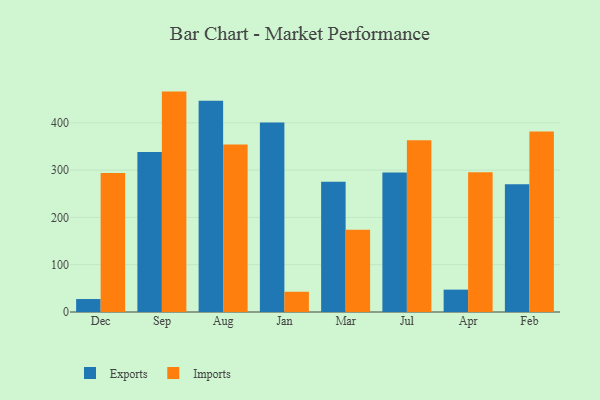
{"axis": {"x": "Month", "y": "Customer Acquisition Cost (USD)"}, "legend": ["Exports", "Imports"], "data": [{"x": "Dec", "y": 27.4, "type": "Exports"}, {"x": "Dec", "y": 294.0, "type": "Imports"}, {"x": "Sep", "y": 338.4, "type": "Exports"}, {"x": "Sep", "y": 466.0, "type": "Imports"}, {"x": "Aug", "y": 446.6, "type": "Exports"}, {"x": "Aug", "y": 354.2, "type": "Imports"}, {"x": "Jan", "y": 400.5, "type": "Exports"}, {"x": "Jan", "y": 42.8, "type": "Imports"}, {"x": "Mar", "y": 275.4, "type": "Exports"}, {"x": "Mar", "y": 174.1, "type": "Imports"}, {"x": "Jul", "y": 294.9, "type": "Exports"}, {"x": "Jul", "y": 363.1, "type": "Imports"}, {"x": "Apr", "y": 47.3, "type": "Exports"}, {"x": "Apr", "y": 295.7, "type": "Imports"}, {"x": "Feb", "y": 270.0, "type": "Exports"}, {"x": "Feb", "y": 381.4, "type": "Imports"}]}